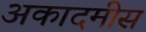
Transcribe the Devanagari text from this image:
अकादमीस